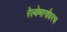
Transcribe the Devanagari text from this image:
रेल्वेमार्गांवरच